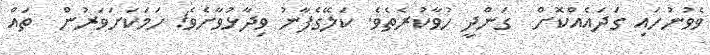
ވެވުނުހައި ގަދައެއްކޮށް  ގަންދީ ހުވާކުރެތެވެ. ކަލޭގެފާނު ވިދާޅުވާށެވެ! ހަމަކަށަވަރުން  ތައް